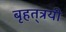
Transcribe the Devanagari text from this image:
बृहत्‌त्रयी